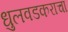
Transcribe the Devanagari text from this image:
धुलवडकराचा